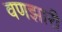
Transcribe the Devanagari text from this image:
वणझारी